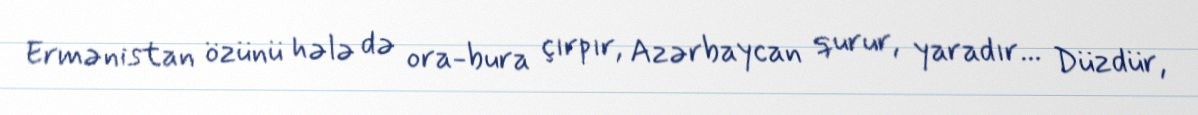
Ermənistan özünü hələ də ora-bura çırpır, Azərbaycan qurur, yaradır... Düzdür,